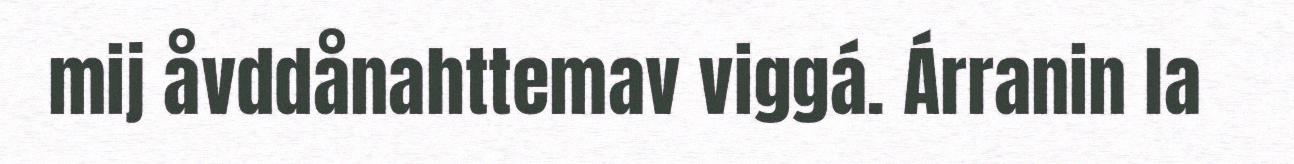
mij åvddånahttemav viggá. Árranin la